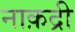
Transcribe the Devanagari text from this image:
नाक़द्री